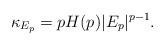
LaTeX: \begin{align*}\kappa_{E_p} = pH(p) |E_p|^{p-1}.\end{align*}